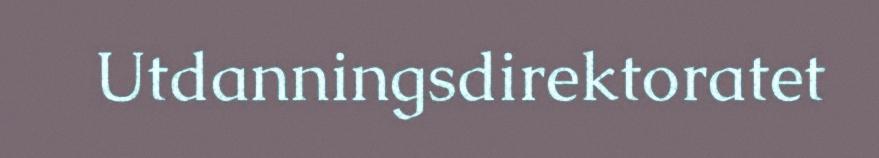
Utdanningsdirektoratet